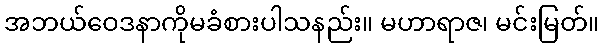
အဘယ်ဝေဒနာကိုမခံစားပါသနည်း။ မဟာရာဇ၊ မင်းမြတ်။